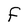
Character: F